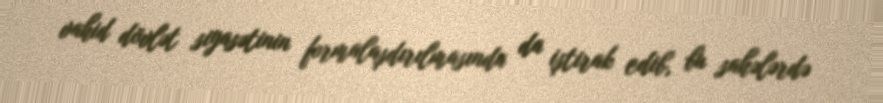
vahid dövlət siyasətinin formalaşdırılmasında da iştirak edib, bu sahələrdə